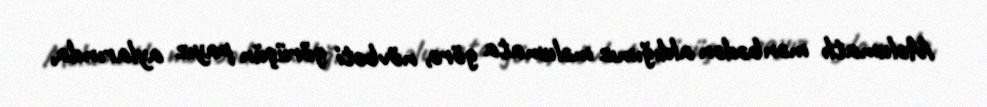
Məlumatlı mənbədən aldığımız məlumata görə, növbəti görüşün payız aylarında,